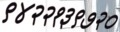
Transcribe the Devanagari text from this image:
९४२२१३९७२०